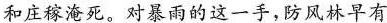
和庄稼淹死。对暴雨的这一手，防风林早有